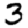
Digit: 3